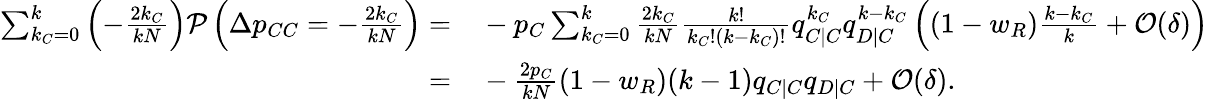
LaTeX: \begin{array}{rl}{\sum_{k_{C}=0}^{k}{\left(-\frac{2k_{C}}{kN}\right)\mathcal{P}\left(\Delta p_{CC}=-\frac{2k_{C}}{kN}\right)}=}&{{}-p_{C}\sum_{k_{C}=0}^{k}{\frac{2k_{C}}{kN}\frac{k!}{k_{C}!(k-k_{C})!}q_{C|C}^{k_{C}}q_{D|C}^{k-k_{C}}\left((1-w_{R})\frac{k-k_{C}}{k}+\mathcal{O}(\delta)\right)}}\\ {=}&{{}-\frac{2p_{C}}{kN}(1-w_{R})(k-1)q_{C|C}q_{D|C}+\mathcal{O}(\delta).}\end{array}